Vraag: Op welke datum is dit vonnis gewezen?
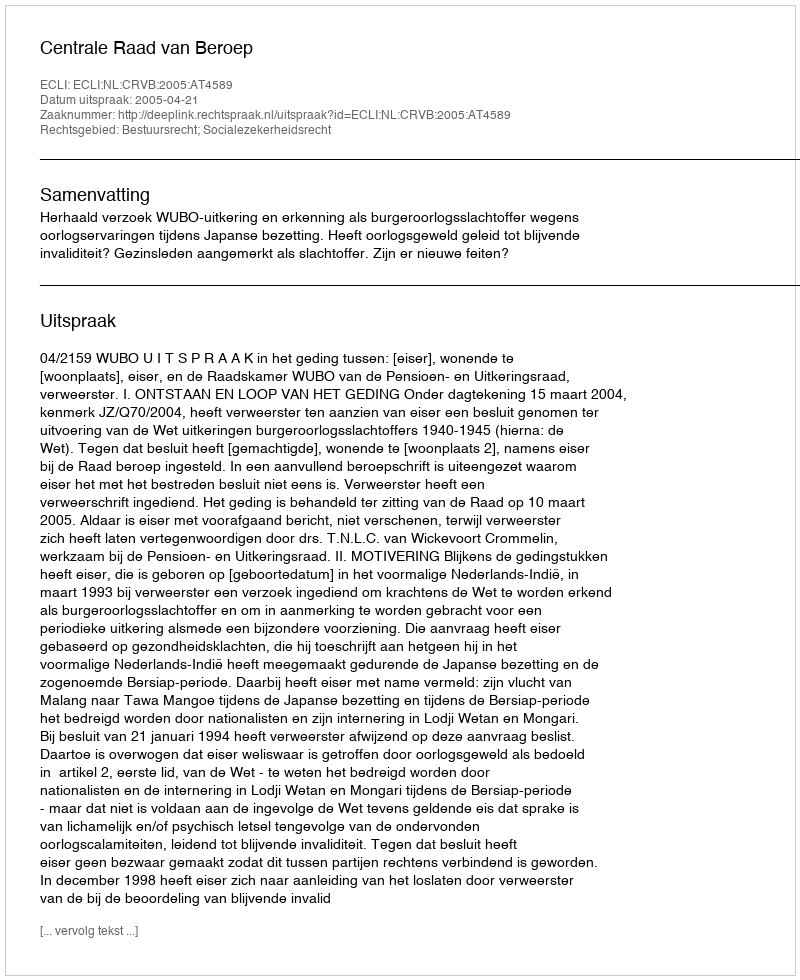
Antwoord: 2005-04-21